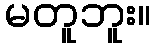
မတူဘူး။